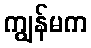
ကျွန်မက